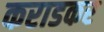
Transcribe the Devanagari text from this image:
कराडकर